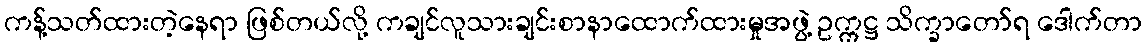
ကန့်သတ်ထားတဲ့နေရာ ဖြစ်တယ်လို့ ကချင်လူသားချင်းစာနာထောက်ထားမှုအဖွဲ့ ဥက္ကဋ္ဌ သိက္ခာတော်ရ ဒေါက်တာ